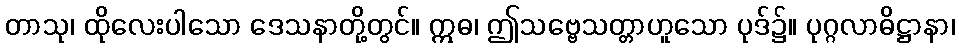
တာသု၊ ထိုလေးပါသော ဒေသနာတို့တွင်။ ဣဓ၊ ဤသဗ္ဗေသတ္တာဟူသော ပုဒ်၌။ ပုဂ္ဂလာဓိဋ္ဌာနာ၊